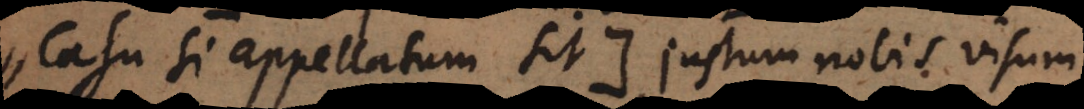
casu si appellatum sit +) justum nobis visum